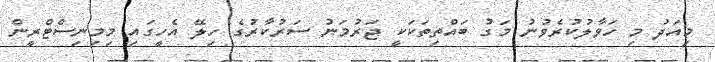
މިއަދު މި ހަވާލުކުރެވުނު މަގު ބައްތިތަކަކީ ޖަރުމަނު ސަރުކާރުގެ ހިލޭ އެހީގައި މިމިނިސްޓްރީން